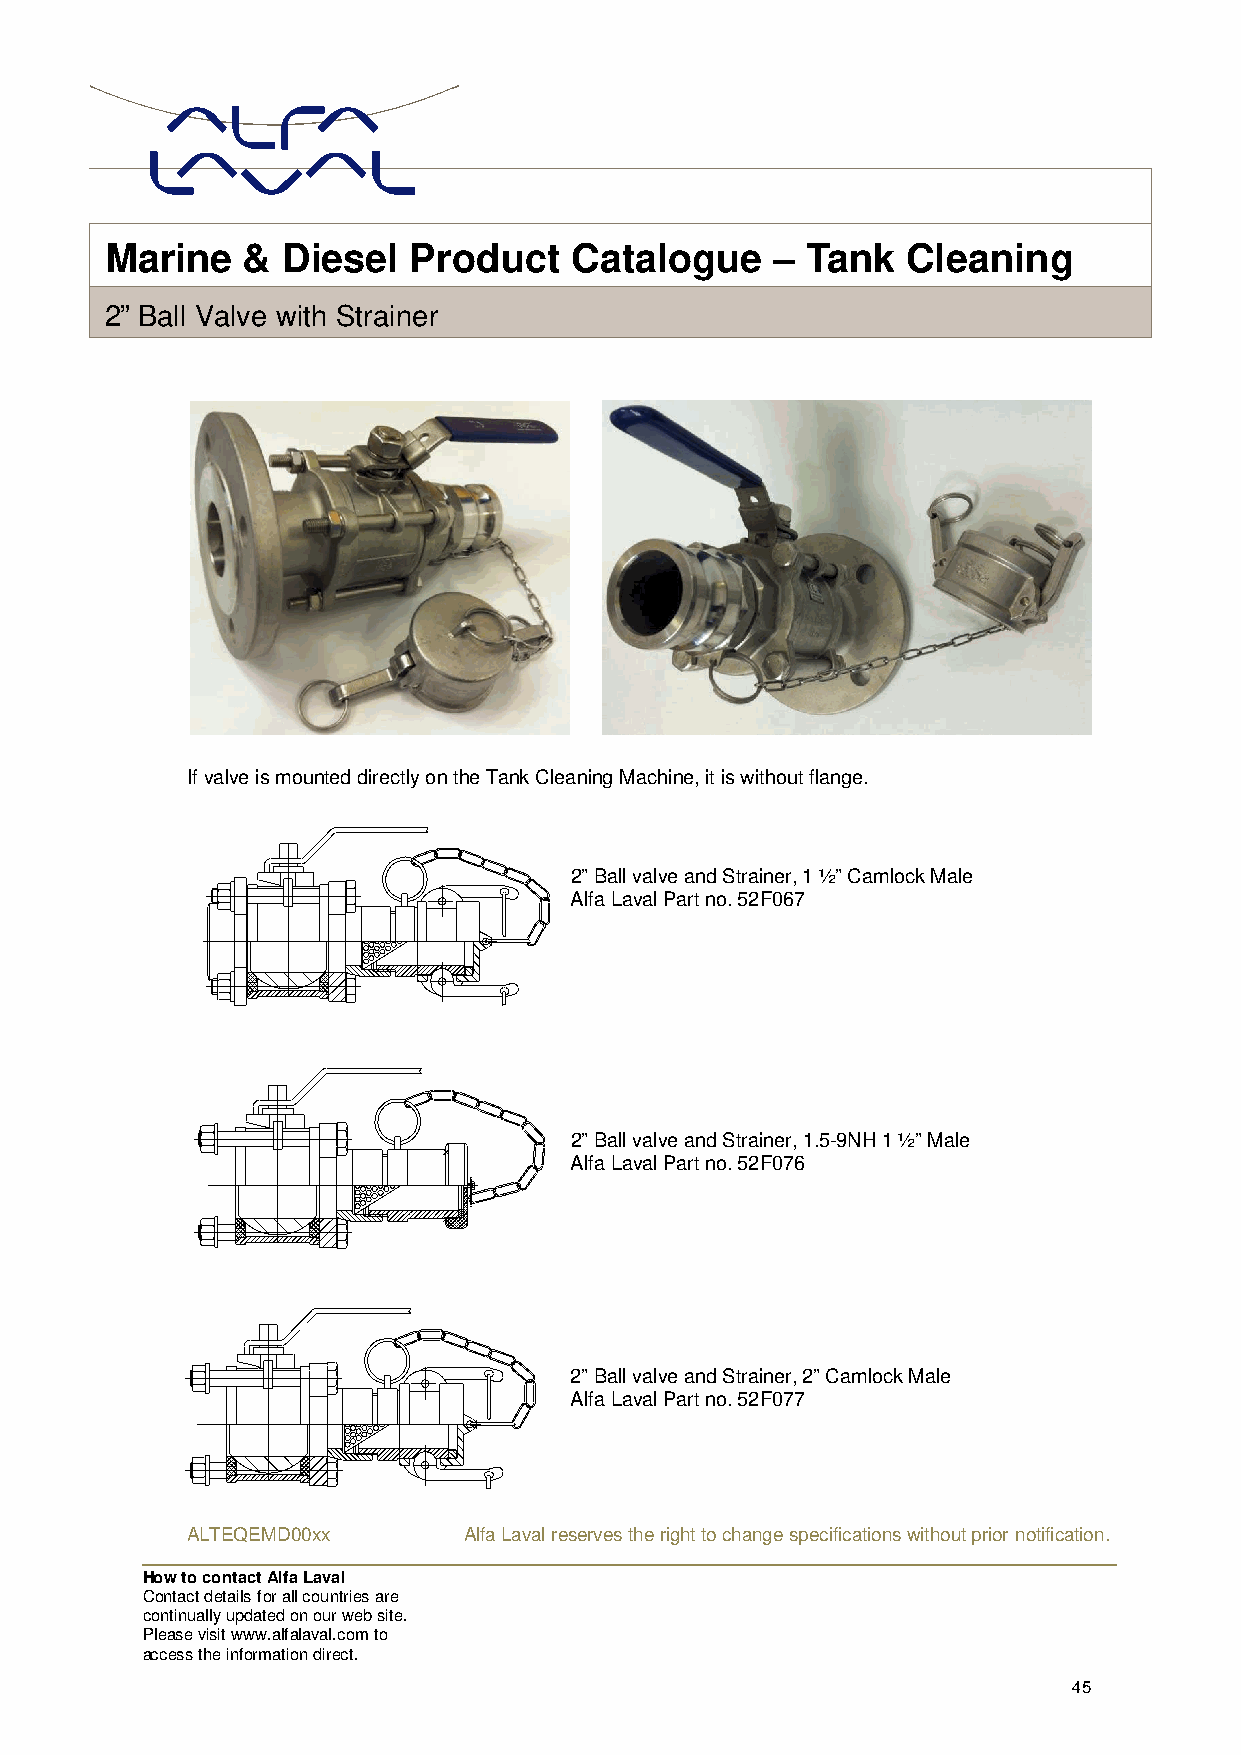
Marin  e &  Diesel  Product    Catalogue    – Tank   Cleaning
 2” Ball Valve with Strainer
 If valve is mounted directly on the Tank Cleaning Machine, it is without flange.
 2” Ball valve and Strainer, 1 ½” Camlock Male
 Alfa Laval Part no. 52F067
 2” Ball valve and Strainer, 1.5-9NH 1 ½” Male
 Alfa Laval Part no. 52F076
 2” Ball valve and Strainer, 2” Camlock Male
 Alfa Laval Part no. 52F077
 ALTEQEMD00xx       Alfa Laval reserves the right to change specifications without prior notification.
 How to contact Alfa Laval
 Contact details for all countries are
 continually updated on our web site.
 Please visit www.alfalaval.com to
 access the information direct.
 45